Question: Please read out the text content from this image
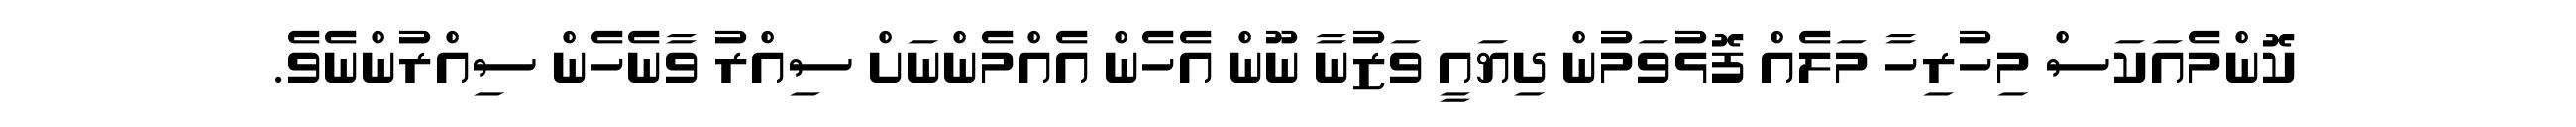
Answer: ކޮންމެއަކަސް މިހުރިހާ މަލެއް ފޮޅުވަމުން ދިޔައީ ވަޒުނާ ނޫން އެހެން އެއްމެންނަށް ސިއްރު ވާނެހެން ސިއްރުންނެވެ.